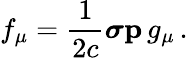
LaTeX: f_{\mu}=\frac{1}{2c}\boldsymbol{\sigma}\mathbf{p}\, g_{\mu}\, .